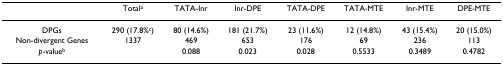
<table><thead><tr><td></td><td><b>Total<sup>a</sup></b></td><td><b>TATA-Inr</b></td><td><b>Inr-DPE</b></td><td><b>TATA-DPE</b></td><td><b>TATA-MTE</b></td><td><b>Inr-MTE</b></td><td><b>DPE-MTE</b></td></tr></thead><tbody><tr><td>DPGs</td><td>290 (17.8%<sup>c</sup>)</td><td>80 (14.6%)</td><td>181 (21.7%)</td><td>23 (11.6%)</td><td>12 (14.8%)</td><td>43 (15.4%)</td><td>20 (15.0%)</td></tr><tr><td>Non-divergent Genes</td><td>1337</td><td>469</td><td>653</td><td>176</td><td>69</td><td>236</td><td>113</td></tr><tr><td><i>p</i>-value<sup>b</sup></td><td></td><td>0.088</td><td>0.023</td><td>0.028</td><td>0.5533</td><td>0.3489</td><td>0.4782</td></tr></tbody></table>